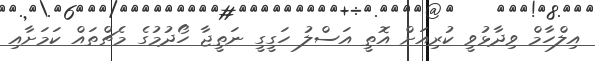
އިލްހާމް ވިދާޅުވީ ކުރިއަށް އޮތީ އަސްލު ހަގީގީ ނަތީޖާ ހޯދުމުގެ މެޗްތައް ކަމަށާއި